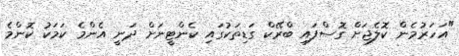
"އަހަރުމެން ކޮލެޖަށް ގޮސްފައި ބްރޭކް ގަޑިތަކުގައި ކެންޓީނަށް ދަނީ އެންމެ ކަމަކު ކޮންމެ